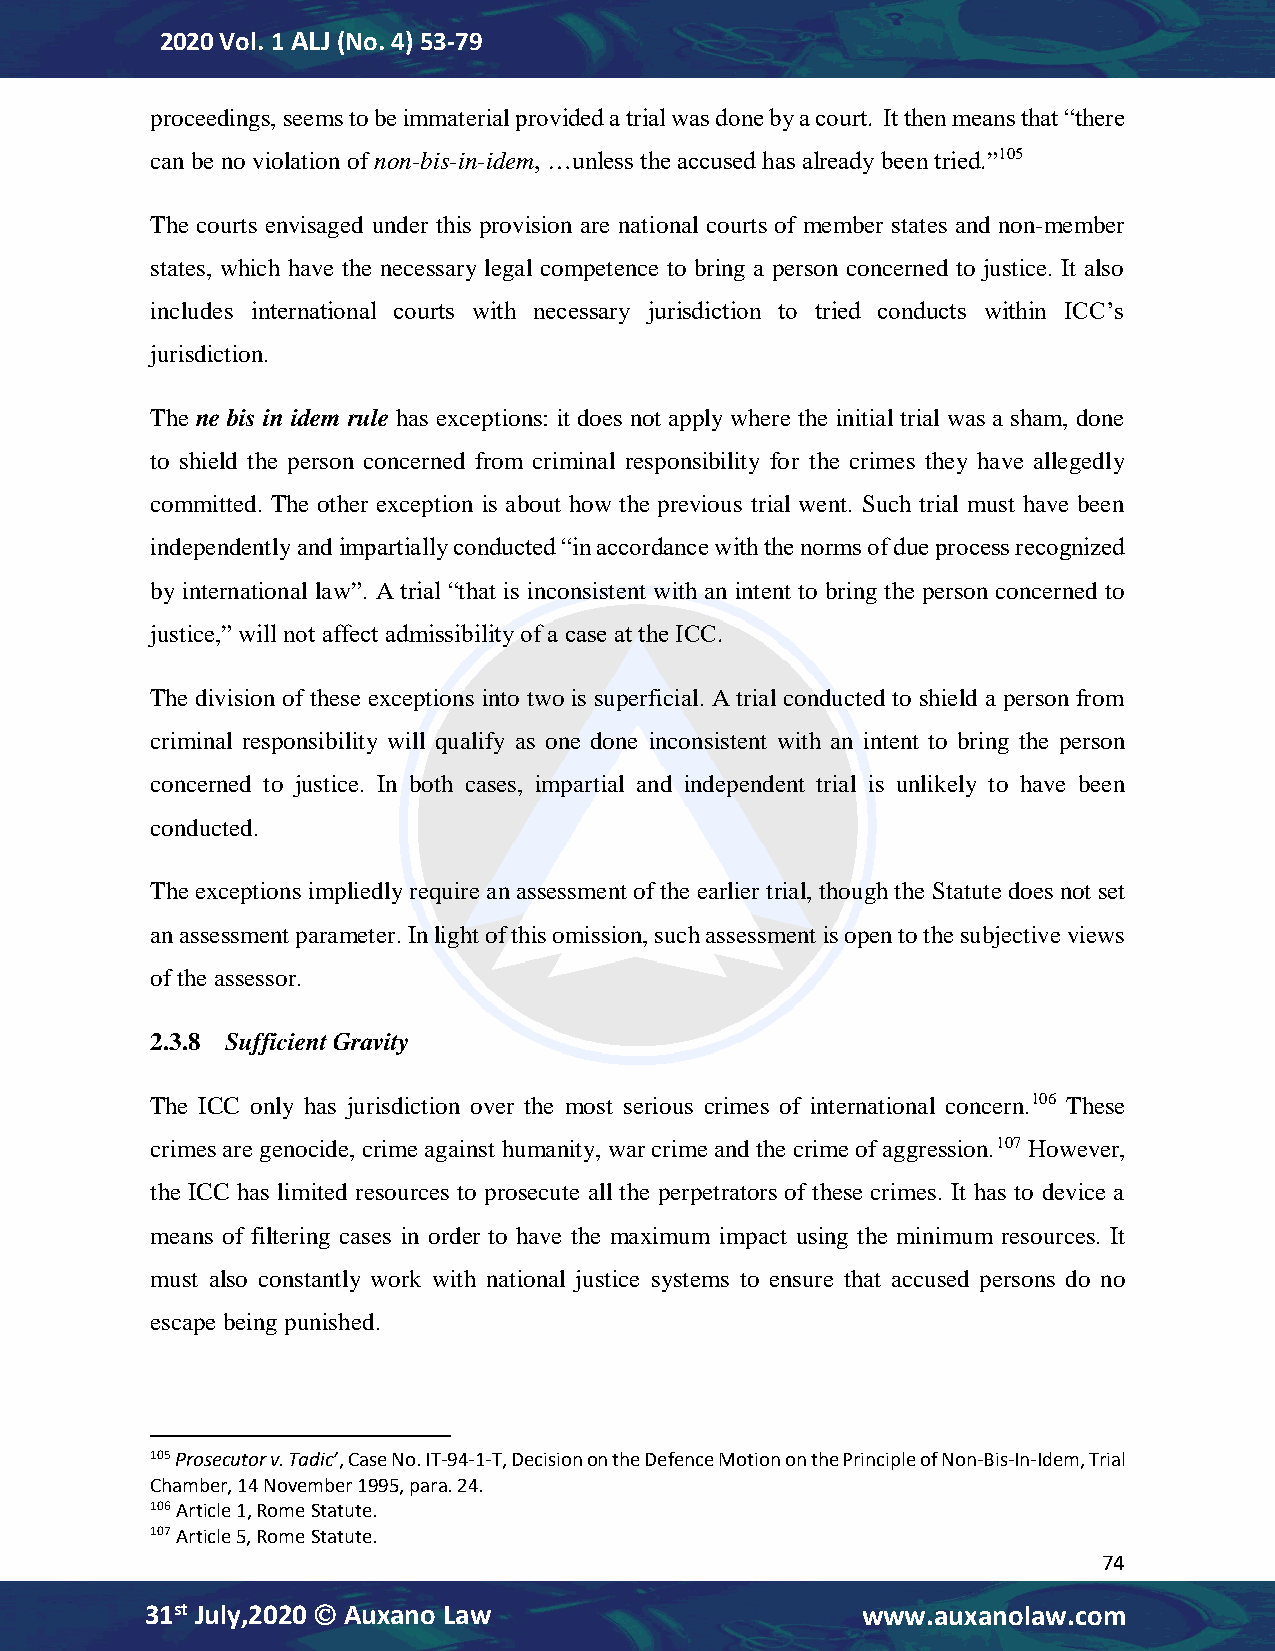
2020 Vol. 1 ALJ (No. 4) 53-79
 proceedings, seems to be immaterial provided a trial was done by a court. It then means that “there
 can be no violation of non-bis-in-idem, …unless the accused has already been tried.”105
 The courts envisaged under this provision are national courts of member states and non-member
 states, which have the necessary legal competence to bring a person concerned to justice. It also
 includes international courts with necessary jurisdiction to tried conducts within ICC’s
 jurisdiction.
 The ne bis in idem rule has exceptions: it does not apply where the initial trial was a sham, done
 to shield the person concerned from criminal responsibility for the crimes they have allegedly
 committed. The other exception is about how the previous trial went. Such trial must have been
 independently and impartially conducted “in accordance with the norms of due process recognized
 by international law”. A trial “that is inconsistent with an intent to bring the person concerned to
 justice,” will not affect admissibility of a case at the ICC.
 The division of these exceptions into two is superficial. A trial conducted to shield a person from
 criminal responsibility will qualify as one done inconsistent with an intent to bring the person
 concerned to justice. In both cases, impartial and independent trial is unlikely to have been
 conducted.
 The exceptions impliedly require an assessment of the earlier trial, though the Statute does not set
 an assessment parameter. In light of this omission, such assessment is open to the subjective views
 of the assessor.
 2.3.8 Sufficient Gravity
 The ICC only has jurisdiction over the most serious crimes of international concern.106 These
 crimes are genocide, crime against humanity, war crime and the crime of aggression.107 However,
 the ICC has limited resources to prosecute all the perpetrators of these crimes. It has to device a
 means of filtering cases in order to have the maximum impact using the minimum resources. It
 must also constantly work with national justice systems to ensure that accused persons do no
 escape being punished.
 105 Prosecutor v. Tadic’, Case No. IT-94-1-T, Decision on the Defence Motion on the Principle of Non-Bis-In-Idem, Trial
 Chamber, 14 November 1995, para. 24.
 106 Article 1, Rome Statute.
 107 Article 5, Rome Statute.
 74
 31st July,2020  Auxano Law                    www.auxanolaw.com